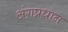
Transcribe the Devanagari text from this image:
अंगप्रधान